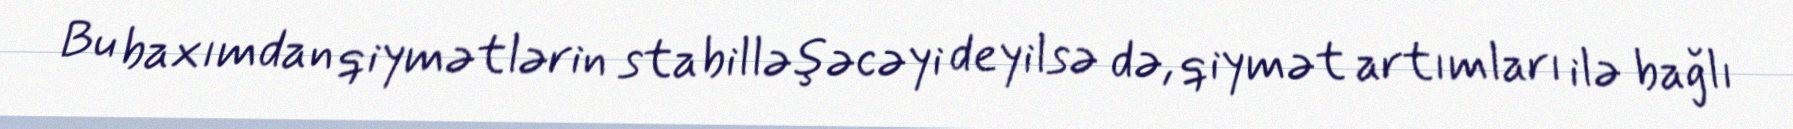
Bu baxımdan qiymətlərin stabilləşəcəyi deyilsə də, qiymət artımları ilə bağlı